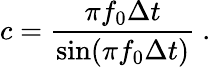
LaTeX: c=\frac{\pi f_{0}\Delta t}{\sin(\pi f_{0}\Delta t)}\mathrm{~.~}